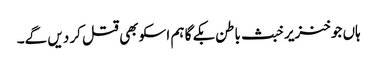
ہاں جو خنزیر خبث باطن بکے گا ہم اسکو بھی قتل کر دیں گے۔